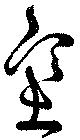
塞